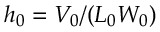
h _ { 0 } = V _ { 0 } / ( L _ { 0 } W _ { 0 } )